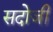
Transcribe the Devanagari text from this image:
सदोजी